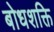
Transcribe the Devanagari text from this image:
बोधशक्ति